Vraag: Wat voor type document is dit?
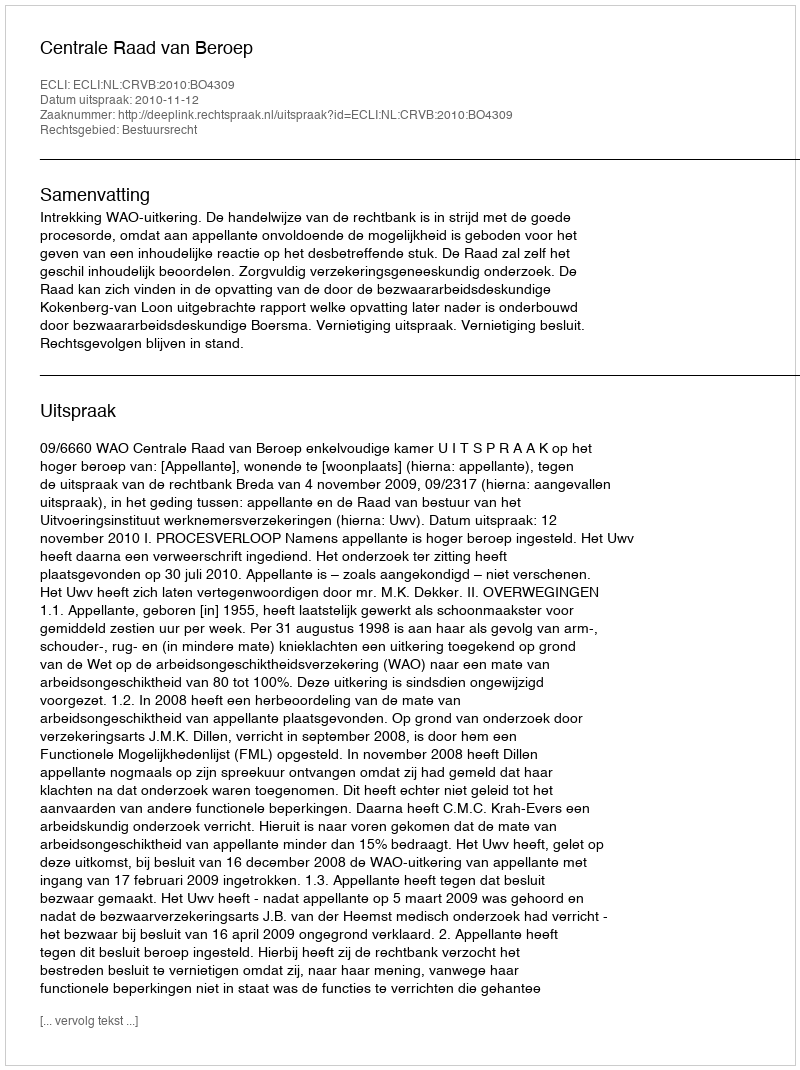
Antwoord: Uitspraak